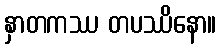
နှာတကဿ တပဿိနော။